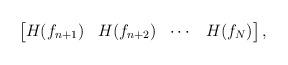
LaTeX: \begin{align*} \begin{bmatrix} H(f_{n+1}) & H(f_{n+2}) & \cdots & H(f_{N}) \end{bmatrix}, \end{align*}